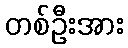
တစ်ဦးအား